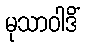
မုသာဝါဒိံ